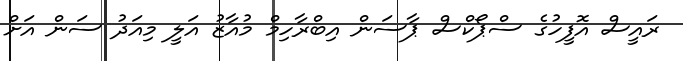
ރައީސް އޮފީހުގެ ސްޕޯކްސް ޕާސަން އިބްރާހިމް މުއާޒު އަލީ މިއަދު ސަން އަށް